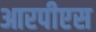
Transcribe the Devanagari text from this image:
आरपीएस